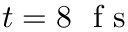
t = 8 ~ \mathrm { ~ f ~ s ~ }